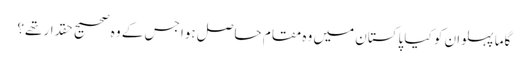
گاما پہلوان کو کیا پاکستان میں وہ مقام حاصل ہوا جس کے وہ صحیح حقدار تھے؟